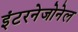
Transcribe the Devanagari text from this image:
इंटरनेजोनेल